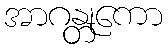
အာဂန္တုကော